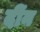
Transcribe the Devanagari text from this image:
दींन